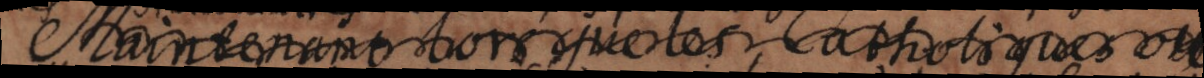
Maintenant lorsque les Catholiques ou